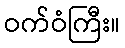
ဝက်ဝံကြီး။